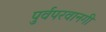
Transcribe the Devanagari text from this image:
पुर्वपरवानगी